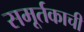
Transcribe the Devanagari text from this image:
समूर्तकाची